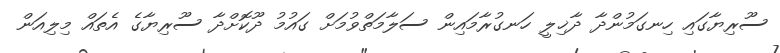
ސޫރިޔާގައި ހިނގަމުންދާ ދާޚިލީ ހަނގުރާމައިން ސަލާމަތްވުމަށް ގައުމު ދޫކޮށްދާ ސޫރިޔާގެ އެތައް މިލިއަން